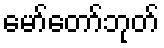
မော်တော်ဘုတ်